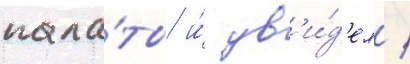
пала́ты и́ ув'и́д'ел /